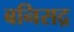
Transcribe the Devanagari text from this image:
बनिसद्र